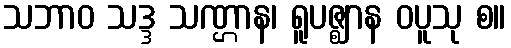
သဘာဝ သဒ္ဒ သဏ္ဌာန၊ ရူပဇ္ဈာန ဝပူသု စ။